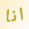
انا